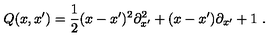
Q ( x , x ^ { \prime } ) = \frac { 1 } { 2 } ( x - x ^ { \prime } ) ^ { 2 } { \partial } _ { x ^ { \prime } } ^ { 2 } + ( x - x ^ { \prime } ) { \partial } _ { x ^ { \prime } } + 1 \ .